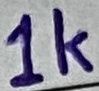
Text: 1k